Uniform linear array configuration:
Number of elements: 24
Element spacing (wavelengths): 0.75
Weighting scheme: kaiser
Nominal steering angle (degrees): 30
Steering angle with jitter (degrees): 29.432
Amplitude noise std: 0.05
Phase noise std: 0.05

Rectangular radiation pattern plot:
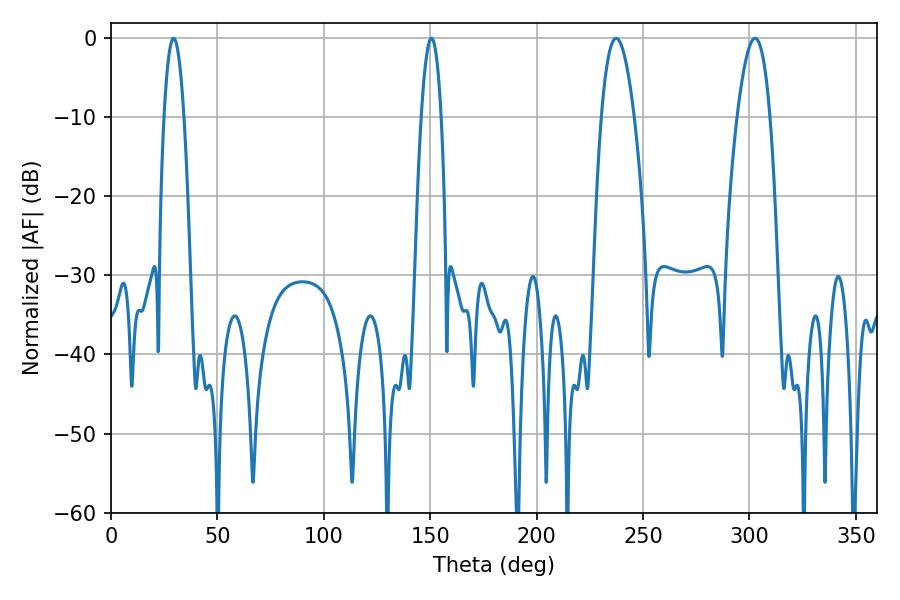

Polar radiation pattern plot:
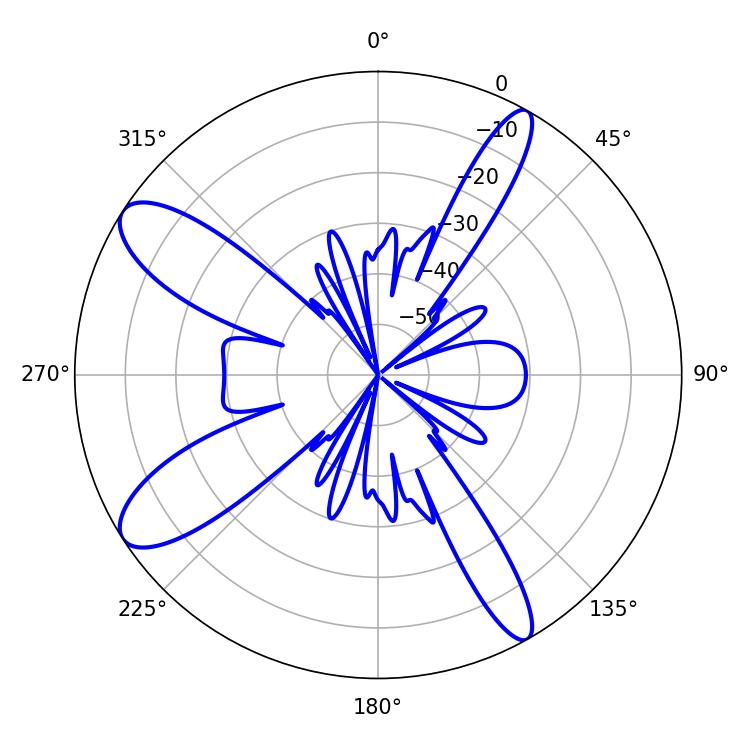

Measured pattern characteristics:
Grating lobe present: TRUE
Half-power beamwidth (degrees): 8.64
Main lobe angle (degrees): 237.42